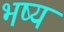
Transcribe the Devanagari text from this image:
भष्य